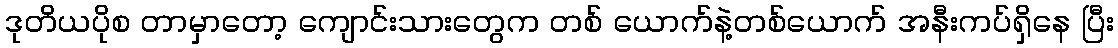
ဒုတိယပိုစ တာမှာတော့ ကျောင်းသားတွေက တစ် ယောက်နဲ့တစ်ယောက် အနီးကပ်ရှိနေ ပြီး